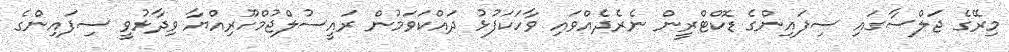
މިރޭގެ ޖަލްސާގައި ސިފައިންގެ ޑޮކްޓްރީން ނެރެދެއްވައި ވާހަކަފުޅު ދައްކަވަމުން ރައީސުލްޖުމްހޫރިއްޔާ ވިދާޅުވީ ސިފައިންގެ